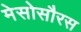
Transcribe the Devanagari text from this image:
मेसोसौरस